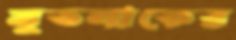
মুতলাকের